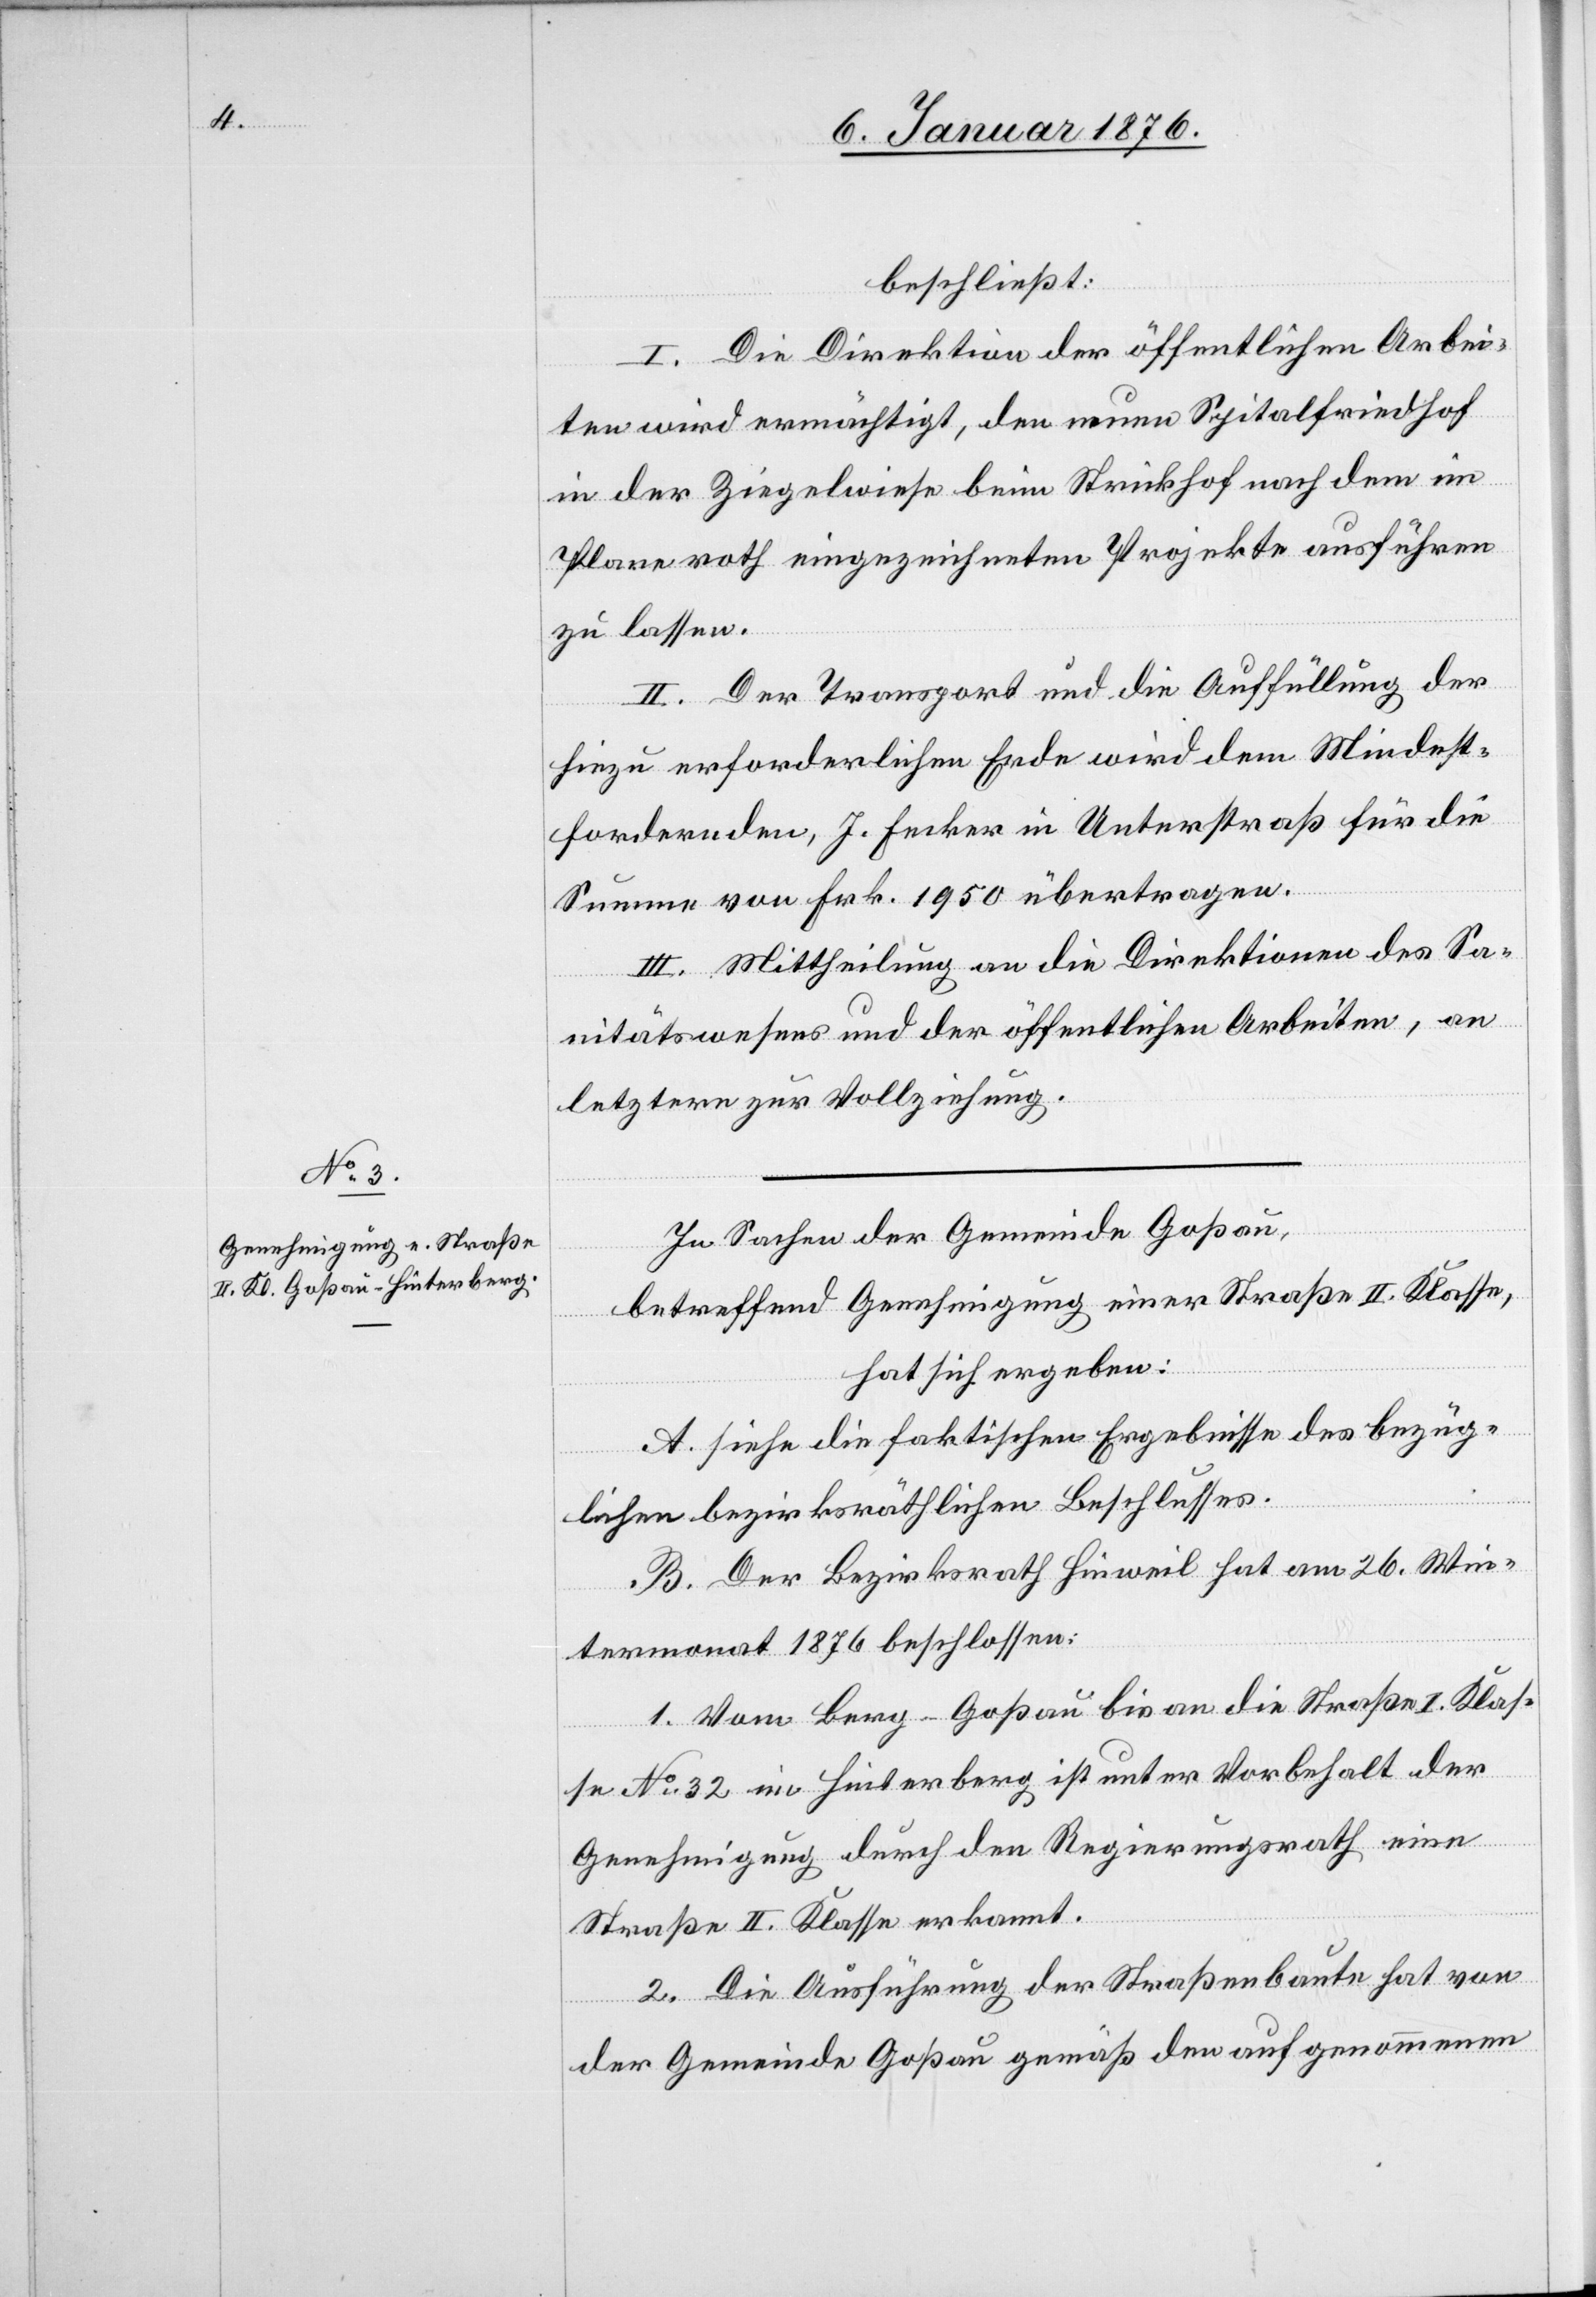
beschließt:
I. Die Direktion der öffentlichen Arbei¬
ten wird ermächtigt, den neuen Spitalfriedhof
in der Ziegelwiese beim Strickhof nach dem im
Plane roth eingezeichneten Projekte ausführen
zu lassen.
II. Der Transport und die Auffüllung der
hiezu erforderlichen Erde wird dem Mindest¬
fordernden, J. Fecker in Unterstraß für die
Summe von Frk. 1950 übertragen.
III. Mittheilung an die Direktionen des Sa¬
nitätswesens und der öffentlichen Arbeiten, an
letztere zur Vollziehung.
In Sachen der Gemeinde Goßau,
betreffend Genehmigung einer Straße II. Klasse,
hat sich ergeben:
A. siehe die faktischen Ergebnisse des bezüg¬
lichen bezirksräthlichen Beschlusses.
B. Der Bezirksrath Hinweil hat am 26. Win¬
termonat 1876 beschlossen:
1. Vom Berg–Goßau bis an die Straße I. Klas¬
se No 32 im Hinterberg ist unter Vorbehalt der
Genehmigung durch den Regierungsrath eine
Straße II. Klasse erkannt.
2. Die Ausführung der Straßenbaute hat von
der Gemeinde Goßau gemäß den aufgenommenen